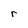
Character: r